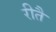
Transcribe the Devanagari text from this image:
रीतै